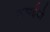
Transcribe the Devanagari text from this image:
लड़ाईयो